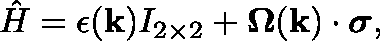
\hat { H } = \epsilon ( \mathbf { k } ) I _ { 2 \times 2 } + \mathbf { \Omega } ( \mathbf { k } ) \cdot \boldsymbol { \sigma } ,